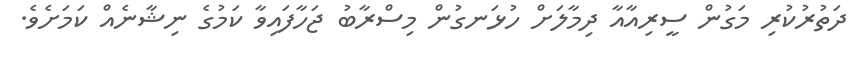
ދަތުރުކުރި މަގުން ސީރިއާއާ ދިމާލަށް ހުޅަނގުން މިސްރާބު ޖަހާފައިވާ ކަމުގެ ނިޝާނެއް ކަމަށެވެ.